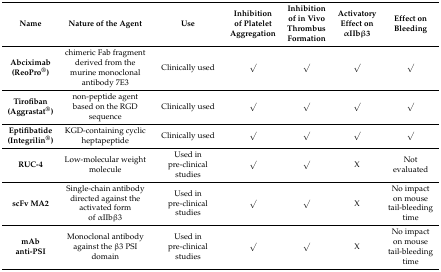
<table><thead><tr><td><b>Name</b></td><td><b>Nature of the Agent</b></td><td><b>Use</b></td><td><b>Inhibition of Platelet Aggregation</b></td><td><b>Inhibition of in Vivo Thrombus Formation</b></td><td><b>Activatory Effect on αIIbβ3</b></td><td><b>Effect on Bleeding</b></td></tr></thead><tbody><tr><td><b>Abciximab</b><b>(ReoPro<sup>®</sup>)</b></td><td>chimeric Fab fragment derived from the murine monoclonal antibody 7E3</td><td>Clinically used</td><td>√</td><td>√</td><td>√</td><td>√</td></tr><tr><td><b>Tirofiban</b><b>(Aggrastat<sup>®</sup>)</b></td><td>non-peptide agent based on the RGD sequence</td><td>Clinically used</td><td>√</td><td>√</td><td>√</td><td>√</td></tr><tr><td><b>Eptifibatide</b><b>(Integrilin<sup>®</sup>)</b></td><td>KGD-containing cyclic heptapeptide</td><td>Clinically used</td><td>√</td><td>√</td><td>√</td><td>√</td></tr><tr><td><b>RUC-4</b></td><td>Low-molecular weight molecule</td><td>Used in pre-clinical studies</td><td>√</td><td>√</td><td>X</td><td>Not evaluated</td></tr><tr><td><b>scFv MA2</b></td><td>Single-chain antibody directed against the activated form of αIIbβ3</td><td>Used in pre-clinical studies</td><td>√</td><td>√</td><td>X</td><td>No impact on mouse tail-bleeding time</td></tr><tr><td><b>mAb anti-PSI</b></td><td>Monoclonal antibody against the β3 PSI domain</td><td>Used in pre-clinical studies</td><td>√</td><td>√</td><td>X</td><td>No impact on mouse tail-bleeding time</td></tr></tbody></table>